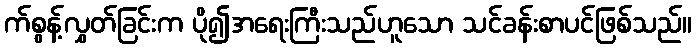
က်စွန့်လွှတ်ခြင်းက ပို၍အရေးကြီးသည်ဟူသော သင်ခန်းစာပင်ဖြစ်သည်။